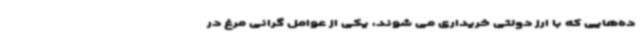
ده‌هایی که با ارز دولتی خریداری می شوند، یکی از عوامل گرانی مرغ در